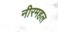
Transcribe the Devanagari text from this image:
नीरमहल